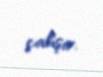
çalışır.